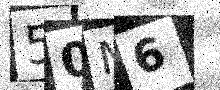
Text: 50M6